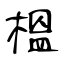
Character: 榲